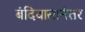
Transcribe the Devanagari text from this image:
बंदिवासानंतर